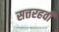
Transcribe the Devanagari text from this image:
सत्तरहवी